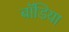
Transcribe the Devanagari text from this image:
बॉडिया